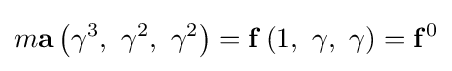
m\mathbf {a} \left(\gamma ^{3},\ \gamma ^{2},\ \gamma ^{2}\right)=\mathbf {f} \left(1,\ \gamma ,\ \gamma \right)=\mathbf {f} ^{0}